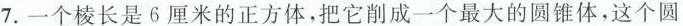
7.一个棱长是6厘米的正方体，把它削成一个最大的圆锥体，这个圆